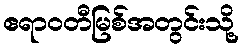
ဧရာဝတီမြစ်အတွင်းသို့